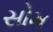
સોમ